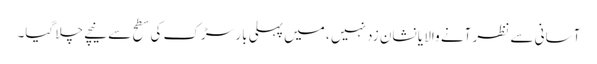
آسانی سے نظر آنے والا یا نشان زد نہیں ، میں پہلی بار سڑک کی سطح سے نیچے چلا گیا۔